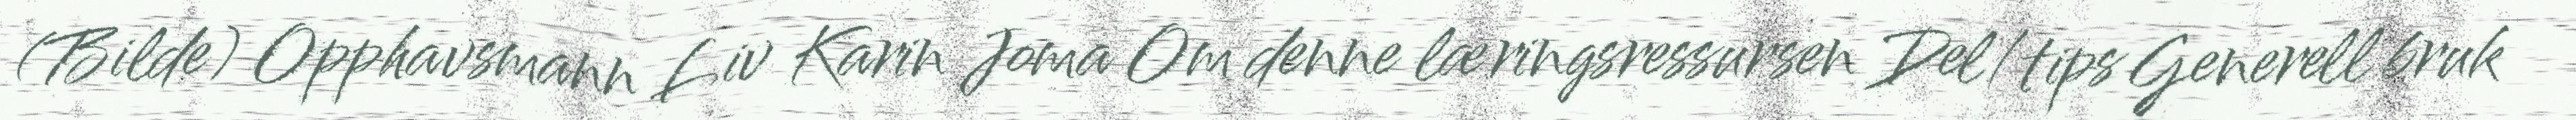
(Bilde) Opphavsmann Liv Karin Joma Om denne læringsressursen Del/tips Generell bruk